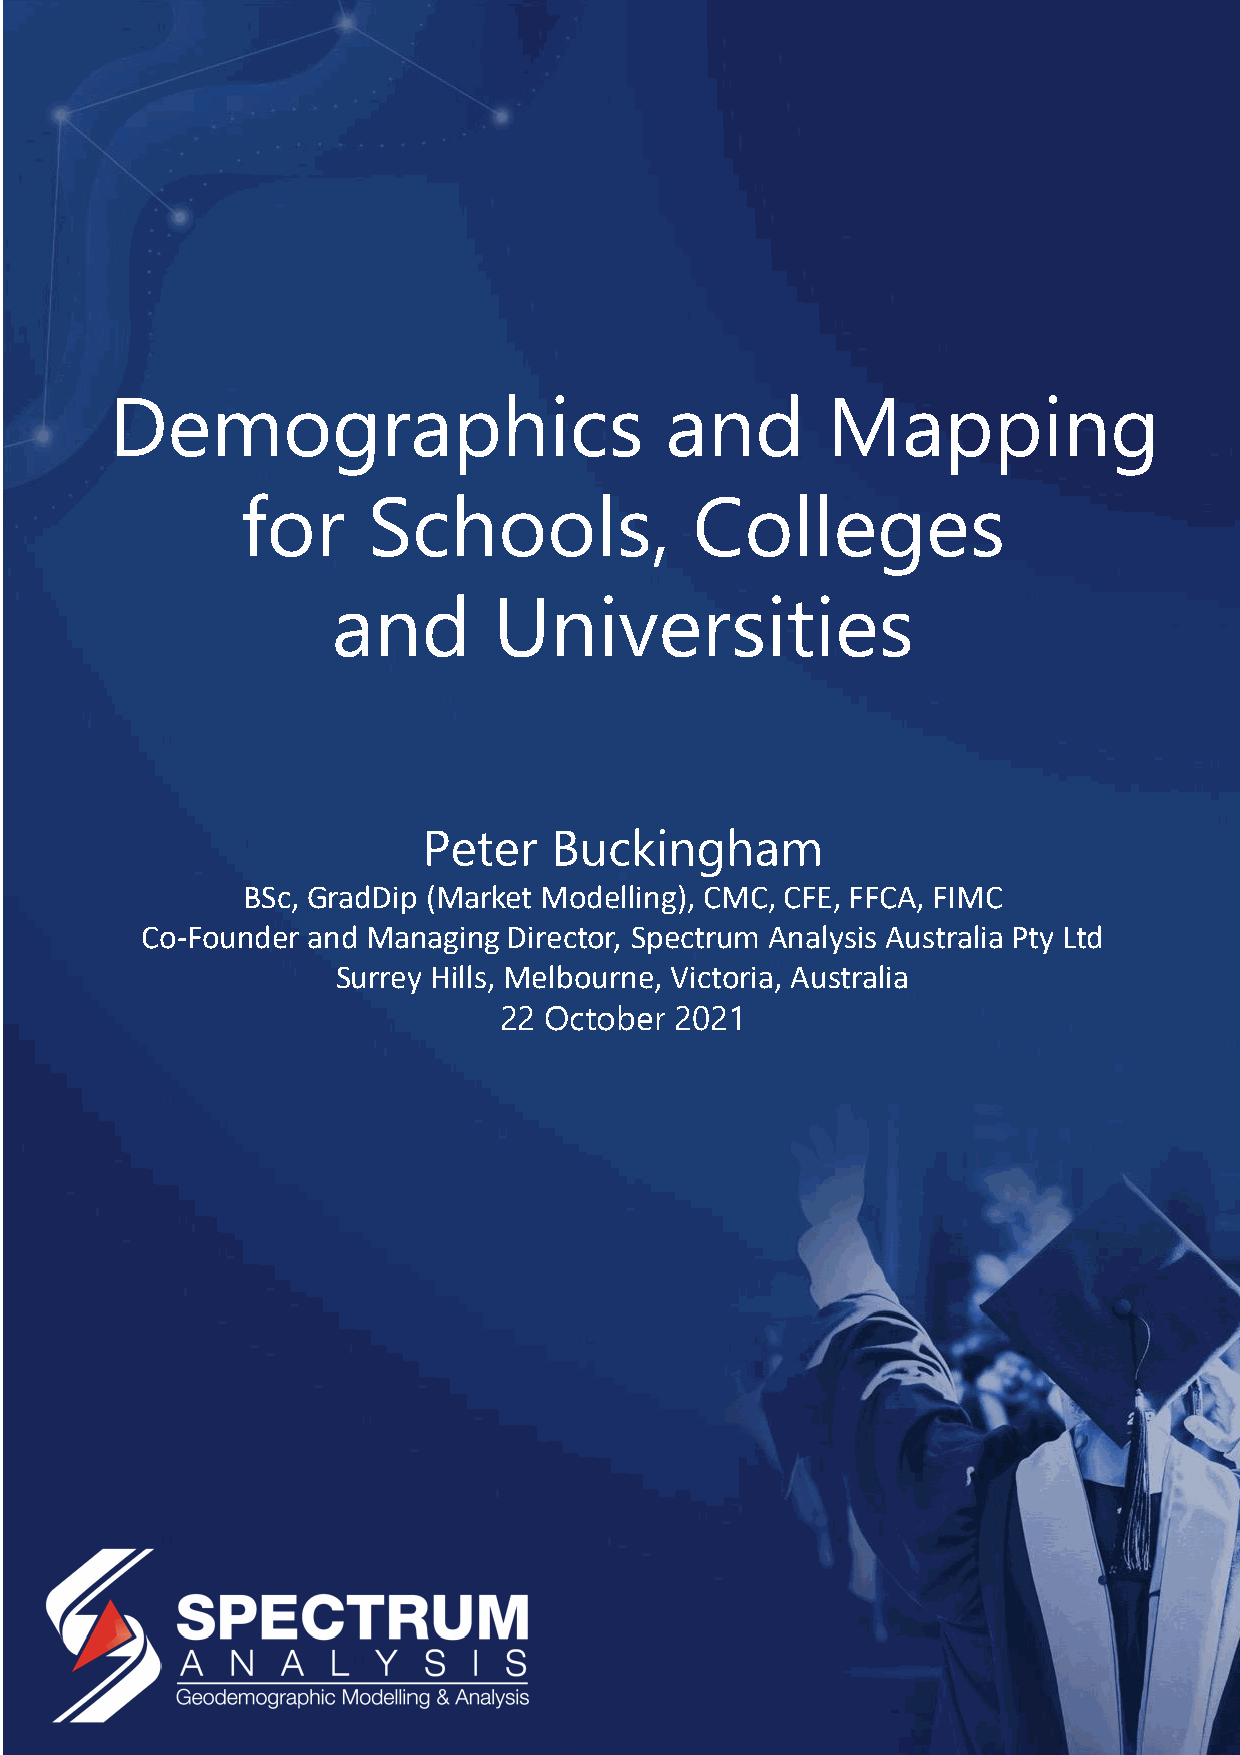
Demographics                         and        Mapping
 for     Schools,              Colleges
 and        Universities
 Peter   Buckingham
 BSc, GradDip (Market Modelling), CMC, CFE, FFCA, FIMC
 Co-Founder and Managing  Director, Spectrum Analysis Australia Pty Ltd
 Surrey Hills, Melbourne, Victoria, Australia
 22 October  2021